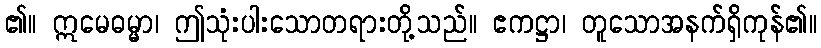
၏။ ဣမေဓမ္မာ၊ ဤသုံးပါးသောတရားတို့သည်။ ဧကဋ္ဌာ၊ တူသောအနက်ရှိကုန်၏။